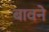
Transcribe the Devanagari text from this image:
बावने